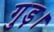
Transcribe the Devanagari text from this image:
गुड़।